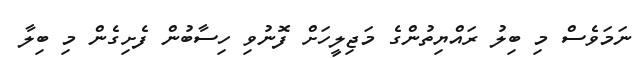
ނަމަވެސް މި ބިލު ރައްޔިތުންގެ މަޖިލީހަށް ފޮނުވި ހިސާބުން ފެށިގެން މި ބިލާ